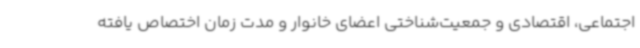
اجتماعی، اقتصادی و جمعیت‌شناختی اعضای خانوار و مدت زمان اختصاص یافته